Medical and sanitary report of the native army of Madras for the year
Year: 1878
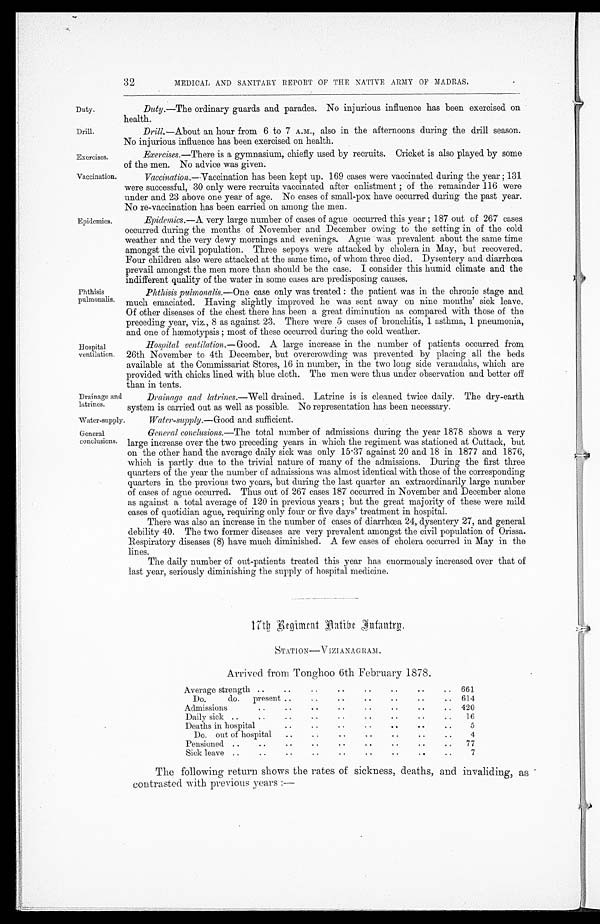
32
MEDICAL AND SANITARY REPORT OF THE NATIVE ARMY OF MADRAS.
Duty.
Drill.
Exercises,
Vaccination.
Epidemics.
Phthisis
pulmonalis.
Hospital
ventilation
Drainage and
latrines.
Water-supply.
General
conclusions.
Duty.—The ordinary guards and parades. No injurious influence has been exercised on
health.
Drill.—About an hour from 6 to 7 A.M., also in the afternoons during the drill season.
No injurious influence has been exercised on health.
Exercises.—There is a gymnasium, chiefly used by recruits. Cricket is also played by some
A the men. No advice was given.
Vaccination.—Vaccination has been kept up. 169 cases were vaccinated during the year ; 131
were successful, 30 only were recruits vaccinated after enlistment ; of the remainder 116 were
under and 23 above one year of age. No cases of small-pox have occurred during the past year.
No re-vaccination has been carried on among the men.
Epidemics.—A v e r y l a r g e n u m b e r o f c a s e s o f a g u e o c c u r r e d t h i s y e a r ; 1 8 7 o u t o f 2 6 7 c a s e s
occurred during the months of November and December owing to the setting in of the cold
weather and the very dewy mornings and evenings. Ague was prevalent about the same time
amongst the civil population. Three sepoys were attacked by cholera in May, but recovered.
Four children also were attacked at the same time, of whom three died. Dysentery and diarrhœa
prevail amongst the men more than should be the case. I consider this humid climate and the
indifferent quality of the water in some cases are predisposing causes.
Phthisis pulmonalis.—One case only was treated : the patient was in the chronic stage and
much emaciated. Having slightly improved he was sent away on nine months' sick leave.
Of other diseases of the chest there has been a great diminution as compared with those of the
preceding year, viz., 8 as against 23. There were 5 cases of bronchitis, 1 asthma, 1 pneumonia,
and one of hæmotypsis ; most of these occurred during the cold weather.
Hospital ventilation.— Good. A large increase in the number of patients occurred from
26th November to 4th December, but overcrowding was prevented by placing all the beds
available at the Commissariat Stores, 16 in number, in the two long side verandahs, which are
provided with chicks lined with blue cloth. The men were thus under observation and better off
than in tents.
Drainage and latrines.—Well drained. Latrine is is cleaned twice daily. The dry-earth
system is carried out as well as possible. No representation has been necessary.
Water-supply. Good and sufficient.
General conclusions.— The total number of admissions during the year 1878 shows a very
large increase over the two preceding years in which the regiment was stationed at Cuttack, but
on the other hand the average daily sick was only 15.37 against 20 and 18 in 1877 and 1876,
which is partly due to the trivial nature of many of the admissions. During the first three
quarters of the year the number of admissions was almost identical with those of the corresponding
quarters in the previous two years, but during the last quarter an extraordinarily large number
of cases of ague occurred. Thus out of 267 eases 187 occurred in November and December alone
as against a total average of 120 in previous years ; but the great majority of these were mild
cases of quotidian ague, requiring only four or five days' treatment in hospital.
There was also an increase in the number of cases of diarrhœa 24, dysentery 27, and general
debility 40. The two former diseases are very prevalent amongst the civil population of Orissa.
Respiratory diseases (8) have much diminished. A few eases of cholera occurred in May in the
lines.
The daily number of out-patients treated this year has enormously increased over that of
last year, seriously diminishing the supply of hospital medicine.
1 7 t h R e g i m e n t N a t i v e
I n f a n t r y .
STATION— VIZIANAGRAM.
Arrived from Tonghoo 6th February 1878.
Average strength . .
. .
. . . .
. .
. . . .
. . 661
Do.
do. present ..
. . . .
. .
..
..
.. 614
Admissions
..
. .
. . . .
. .
..
..
.. 420
Daily sick ..
. .
..
..
..
..
..
..
.. 16
Deaths in hospital
..
..
..
..
..
. .
..
5
Do. out of hospital . .
. . ..
. .
. .
..
..
4
Pensioned ..
..
..
..
. .
..
..
..
. . 77
Sick leave ..
..
..
..
..
. . ..
..
..
7
The following return shows the rates of sickness, deaths, and invaliding, as
contrasted with previous years :—